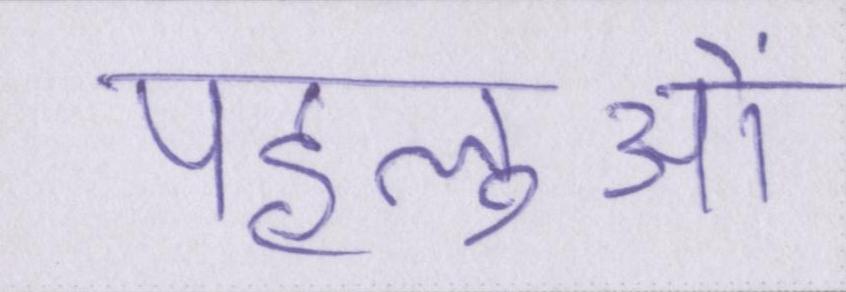
पहलुओं